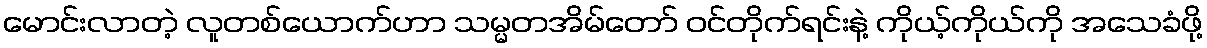
မောင်းလာတဲ့ လူတစ်ယောက်ဟာ သမ္မတအိမ်တော် ဝင်တိုက်ရင်းနဲ့ ကိုယ့်ကိုယ်ကို အသေခံဖို့